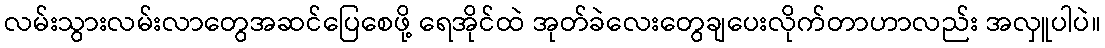
လမ်းသွားလမ်းလာတွေအဆင်ပြေစေဖို့ ရေအိုင်ထဲ အုတ်ခဲလေးတွေချပေးလိုက်တာဟာလည်း အလှူပါပဲ။